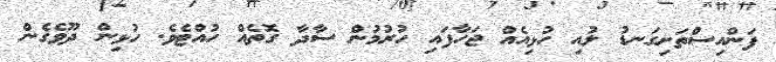
ފަންއިސްތަށިގަނޑު ލުއި ހުޅިއެއް ޖަހާފައި ހުރުމުން ސާދާ ގޮތެއް ހުއްޓެވެ. ހުޅިން ދޫވެގެން